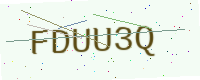
Text: FDUU3Q